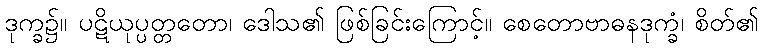
ဒုက္ခ၌။ ပဋိယုပ္ပတ္တတော၊ ဒေါသ၏ ဖြစ်ခြင်းကြောင့်။ စေတောဗာဓနဒုက္ခံ၊ စိတ်၏